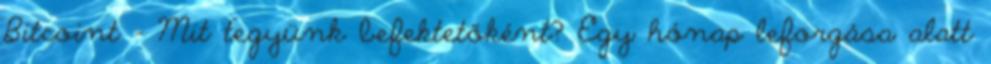
Bitcoint – Mit tegyünk befektetőként? Egy hónap leforgása alatt